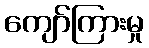
ကျော်ကြားမှု